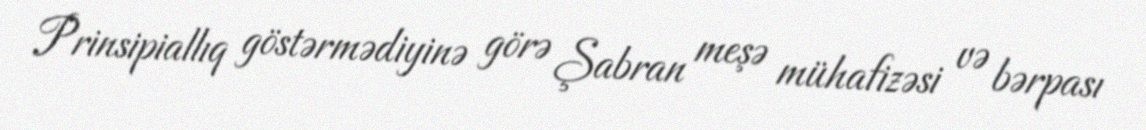
Prinsipiallıq göstərmədiyinə görə Şabran meşə mühafizəsi və bərpası